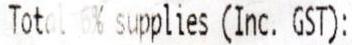
TOTAL 6% SUPPLIES (INC. GST):